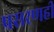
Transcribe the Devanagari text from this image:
प्रसरणही